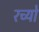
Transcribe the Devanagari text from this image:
रच्यो